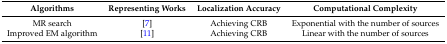
| Algorithms | Representing Works | Localization Accuracy | Computational Complexity |
 | --- | --- | --- | --- |
 | MR search | [7] | Achieving CRB | Exponential with the number of sources |
 | Improved EM algorithm | [11] | Achieving CRB | Linear with the number of sources |